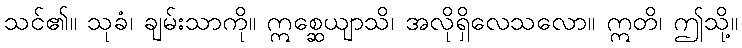
သင်၏။ သုခံ၊ ချမ်းသာကို။ ဣစ္ဆေယျာသိ၊ အလိုရှိလေသလော။ ဣတိ၊ ဤသို့။